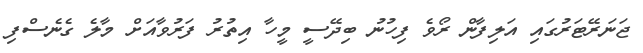
ޖަނަރޭޓަރުގައި އަލިފާން ރޯވެ ފިހުނު ބިދޭސީ މީހާ އިތުރު ފަރުވާއަށް މާލެ ގެނެސްފި